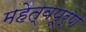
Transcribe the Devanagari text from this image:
महेत्वपूर्ण